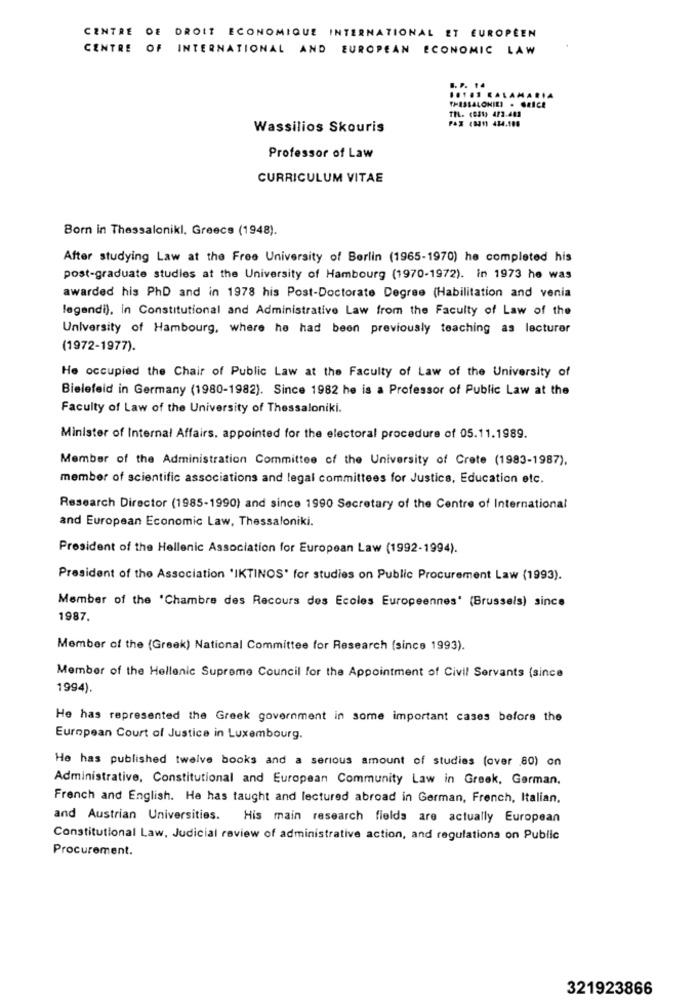
CENTRE DE DROIT ECONOMIQUE INTERNATIONAL ET EUROPÉEN
CENTRE OF INTERNATIONAL AND EUROPEAN ECONOMIC LAW
B. P. 14
10101 KALAMARIA
THESSALONIKI . GRICE
TEL. (031) 473.483
Wassilios Skouris
Professor of Law
CURRICULUM VITAE
Born in Thessaloniki, Greece (1948).
After studying Law at the Free University of Berlin (1965-1970) he completed his
post-graduate studies at the University of Hambourg (1970-1972). in 1973 he was
awarded his PhD and in 1978 his Post-Doctorate Degree (Habilitation and venia
legendi), in Constitutional and Administrative Law from the Faculty of Law of the
University of Hambourg, where he had been previously teaching as lecturer
(1972-1977).
He occupied the Chair of Public Law at the Faculty of Law of the University of
Bielefeld in Germany (1980-1982). Since 1982 he is a Professor of Public Law at the
Faculty of Law of the University of Thessaloniki.
Minister of Internal Affairs, appointed for the electoral procedure of 05.11.1989.
Member of the Administration Committee of the University of Crete (1983-1987),
member of scientific associations and legal committees for Justice, Education etc.
Research Director (1985-1990) and since 1990 Secretary of the Centre of International
and European Economic Law, Thessaloniki.
President of the Hellenic Association for European Law (1992-1994).
President of the Association 'IKTINOS' for studies on Public Procurement Law (1993).
Member of the 'Chambre des Recours des Ecoles Europeennes' (Brussels) since
1987.
Member of the (Greek) National Committee for Research (since 1993).
Member of the Hellenic Supreme Council for the Appointment of Civil Servants (since
1994).
He has represented the Greek government in some important cases before the
European Court of Justice in Luxembourg.
He has published twelve books and a serious amount of studies (over 80) on
Administrative, Constitutional and European Community Law in Greek, German.
French and English. He has taught and lectured abroad in German, French, Italian,
and Austrian Universities.
His main research fields are actually European
Constitutional Law, Judicial review of administrative action, and regulations on Public
Procurement.
321923866